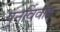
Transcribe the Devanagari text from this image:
पूनर्विवाह